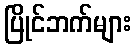
ပြိုင်ဘက်များ